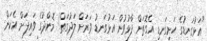
"އަޅުގަނޑުގެ ހަށިގަނޑި އެގޮތަށް ފާޅުވުުން އަޅުގަނޑު ވަރަށް ލަދުގަތް! މޮންދުގެ ވައިފަށް އެކަން